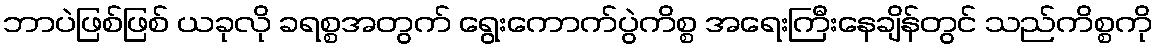
ဘာပဲဖြစ်ဖြစ် ယခုလို ခရစ္စအတွက် ရွေးကောက်ပွဲကိစ္စ အရေးကြီးနေချိန်တွင် သည်ကိစ္စကို